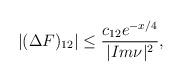
LaTeX: \begin{align*}|(\Delta F)_{12}|\leq\frac{c_{12}e^{-x/4}}{|Im\nu|^2},\end{align*}